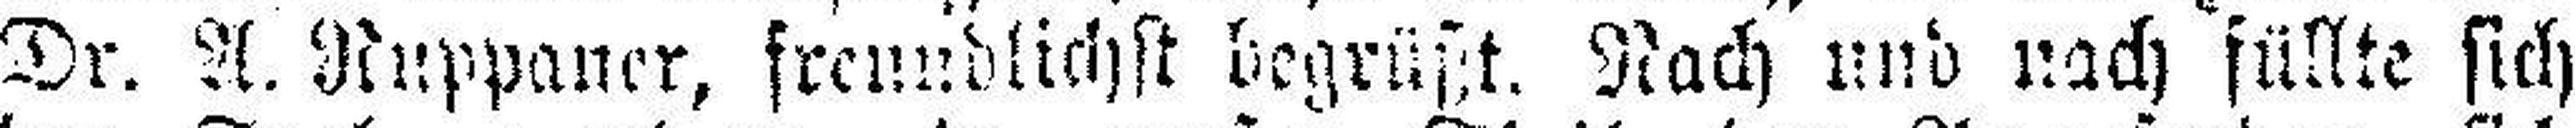
Dr. A. Ruppaner, freundlichst begrüßt. Nach und nach füllte sich